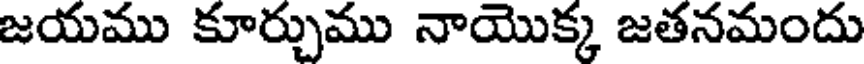
జయము కూర్చుము నాయొక్క జతనమందు